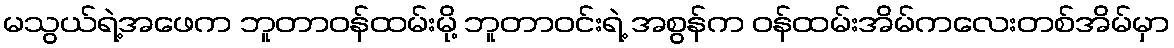
မသွယ်ရဲ့အဖေက ဘူတာဝန်ထမ်းမို့ ဘူတာဝင်းရဲ့ အစွန်က ဝန်ထမ်းအိမ်ကလေးတစ်အိမ်မှာ